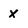
Character: X